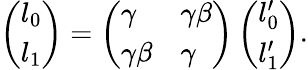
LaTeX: \left(\begin{array}{l}{{l_{0}}}\\ {{l_{1}}}\end{array}\right)=\left(\begin{array}{ll}{{\gamma}}&{{\gamma\beta}}\\ {{\gamma\beta}}&{{\gamma}}\end{array}\right)\left(\begin{array}{l}{{l_{0}^{\prime}}}\\ {{l_{1}^{\prime}}}\end{array}\right).